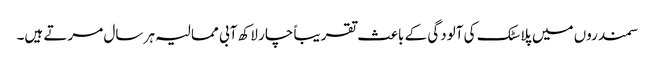
سمندروں میں پلاسٹک کی آلودگی کے باعث تقریباً چار لاکھ آبی ممالیہ ہر سال مرتے ہیں۔